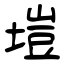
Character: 塏